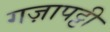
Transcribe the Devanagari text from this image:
गज़ापट्टी